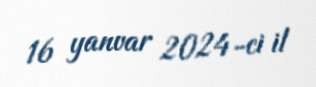
16 yanvar 2024-ci il